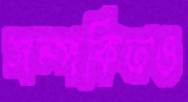
সম্পর্কিতও